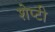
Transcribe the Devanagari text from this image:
शेप्टी